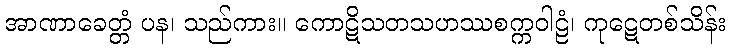
အာဏာခေတ္တံ ပန၊ သည်ကား။ ကောဋိသတသဟဿစက္ကဝါဠံ၊ ကုဋေတစ်သိန်း